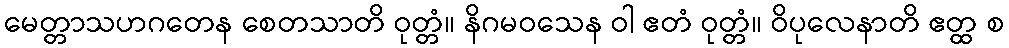
မေတ္တာသဟဂတေန စေတသာတိ ဝုတ္တံ။ နိဂမဝသေန ဝါ ဧတံ ဝုတ္တံ။ ဝိပုလေနာတိ ဧတ္ထ စ